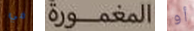
في المغمورة أو